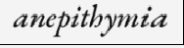
anepithymia